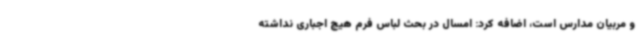
و مربیان مدارس است، اضافه کرد: امسال در بحث لباس فرم هیچ اجباری نداشته